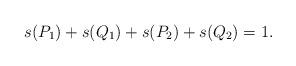
LaTeX: \begin{align*} s(P_1)+s(Q_1)+s(P_2)+s(Q_2)=1.\end{align*}